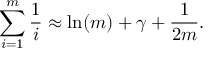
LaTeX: \sum _ { i = 1 } ^ { m } { \frac { 1 } { i } } \approx \ln ( m ) + \gamma + { \frac { 1 } { 2 m } } .